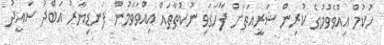
ހުކުމް އިއްވެވުމުގެ ކުރިން ޝަރީއަތަށް ފާހަގަވި ނުކުތާތައް އިއްވަވަމުން ފަނޑިޔާރު އަބްދު ސައީދު